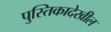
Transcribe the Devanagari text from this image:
पुस्तिकादेखील